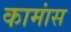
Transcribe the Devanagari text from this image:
कामांस